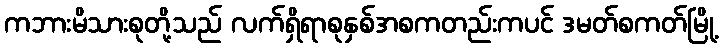
ကဘားမိသားစုတို့သည် လက်ရှိရာစုနှစ်အစကတည်းကပင် ဒမတ်စကတ်မြို့